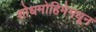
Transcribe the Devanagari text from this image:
शोधमोहिमेमधून